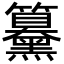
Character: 䵵